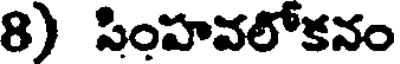
8) సింహవలోకనం